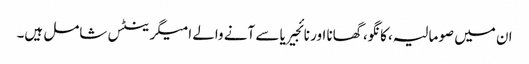
ان میں صومالیہ، کانگو، گھانا اور نائجیریا سے آنے والے امیگرینٹس شامل ہیں۔